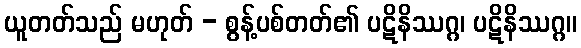
ယူတတ်သည် မဟုတ် - စွန့်ပစ်တတ်၏ ပဋိနိဿဂ္ဂ၊ ပဋိနိဿဂ္ဂ။